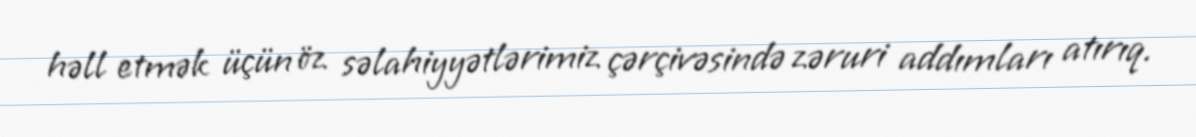
həll etmək üçün öz səlahiyyətlərimiz çərçivəsində zəruri addımları atırıq.